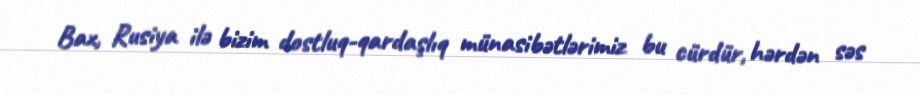
Bax, Rusiya ilə bizim dostluq-qardaşlıq münasibətlərimiz bu cürdür, hərdən səs